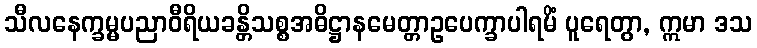
သီလနေက္ခမ္မပညာဝီရိယခန္တိသစ္စအဓိဋ္ဌာနမေတ္တာဥပေက္ခာပါရမိံ ပူရေတွာ, ဣမာ ဒသ